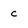
Character: c